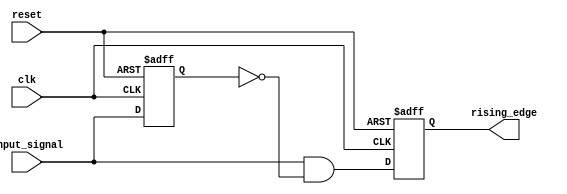
module rising_edge_detector (
    input wire clk,                // Clock signal
    input wire reset,              // Asynchronous reset signal
    input wire input_signal,       // Signal to detect rising edge
    output reg rising_edge         // Output signal indicating rising edge
);

    reg previous_state;            // Storage element for previous state

    // Always block for edge detection and state storage
    always @(posedge clk or posedge reset) begin
        if (reset) begin
            previous_state <= 1'b0; // Reset previous state to 0
            rising_edge <= 1'b0;     // Reset rising edge output
        end else begin
            // Detect rising edge
            rising_edge <= (input_signal && !previous_state);
            previous_state <= input_signal; // Store current state
        end
    end

endmodule